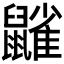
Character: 𪖀